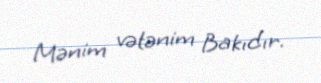
Mənim vətənim Bakıdır.